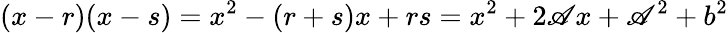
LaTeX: (x-r)(x-s)=x^{2}-(r+s)x+rs=x^{2}+2\mathscr{A}x+\mathscr{A}^{2}+b^{2}